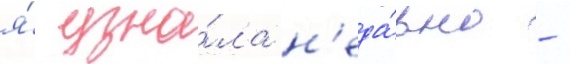
я́ узна́ла н'еда́вно -